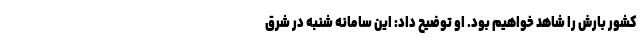
کشور بارش را شاهد خواهیم بود. او توضیح داد: این سامانه شنبه در شرق